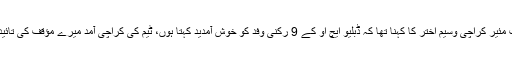
دوسری جانب مئیر کراچی وسیم اختر کا کہنا تھا کہ ڈبلیو ایچ او کے 9 رکنی وفد کو خوش آمدید کہتا ہوں، ٹیم کی کراچی آمد میرے مؤقف کی تائید اور فتح ہے۔